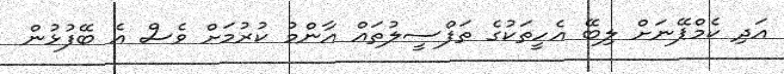
އަދި ކެމްޕޭނަށް ލިބޭ އެހީތަކުގެ ތަފްސީލުތައް އާންމު ކުރުމަށް ވެސް އެ ބޭފުޅުން